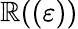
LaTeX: \mathbb{R}((\varepsilon))